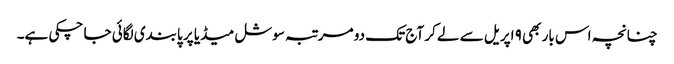
چنانچہ اس بار بھی ۹ اپریل سے لے کر آج تک دو مرتبہ سوشل میڈیا پر پابندی لگائی جا چکی ہے۔